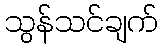
သွန်သင်ချက်